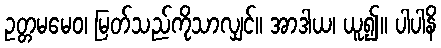
ဥတ္တမမေဝ၊ မြတ်သည်ကိုသာလျှင်။ အာဒါယ၊ ယူ၍။ ပါပါနိ